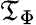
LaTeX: {\mathfrak{T}}_{\Phi}